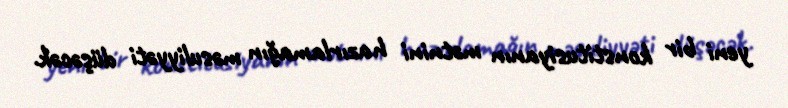
yeni bir konstitusiyanın mətnini hazırlamağın məsuliyyəti düşəcək.